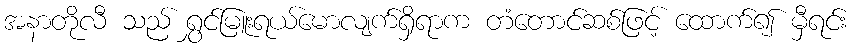
အနာတိုလီ သည် ရွှင်မြူးရယ်မောလျက်ရှိရာက တံတောင်ဆစ်ဖြင့် ထောက်၍ မှီရင်း